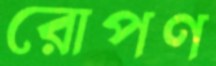
রোপণ